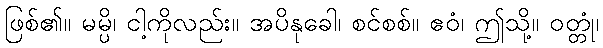
ဖြစ်၏။ မမ္ပိ၊ ငါ့ကိုလည်း။ အပိနုခေါ၊ စင်စစ်။ ဧဝံ၊ ဤသို့။ ဝတ္တုံ၊